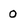
Character: 0